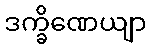
ဒက္ခိဏေယျာ